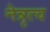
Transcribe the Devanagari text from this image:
नेत्रृत्व